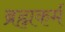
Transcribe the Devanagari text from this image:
ब्रह्मकर्म